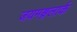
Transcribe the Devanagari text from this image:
जयमङ्गलार्क